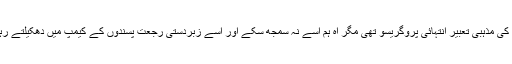
اس کی مذہبی تعبیر انتہائی پروگریسو تھی مگر آہ ہم اسے نہ سمجھ سکے اور اسے زبردستی رجعت پسندوں کے کیمپ میں دھکیلتے رہے۔